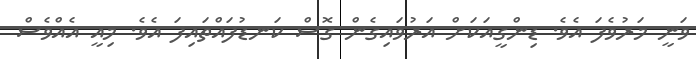
ވަނީ މަރުވެފަ އެވެ. ޑިންގީއަކަށް އަރުވައިގެން ގޮސް ކަނޑުފައްތައިފަ އެވެ. މިއީ އެއްވެސް